Report on vaccination in the Province of Bengal - 1874-1889
Year: 1874
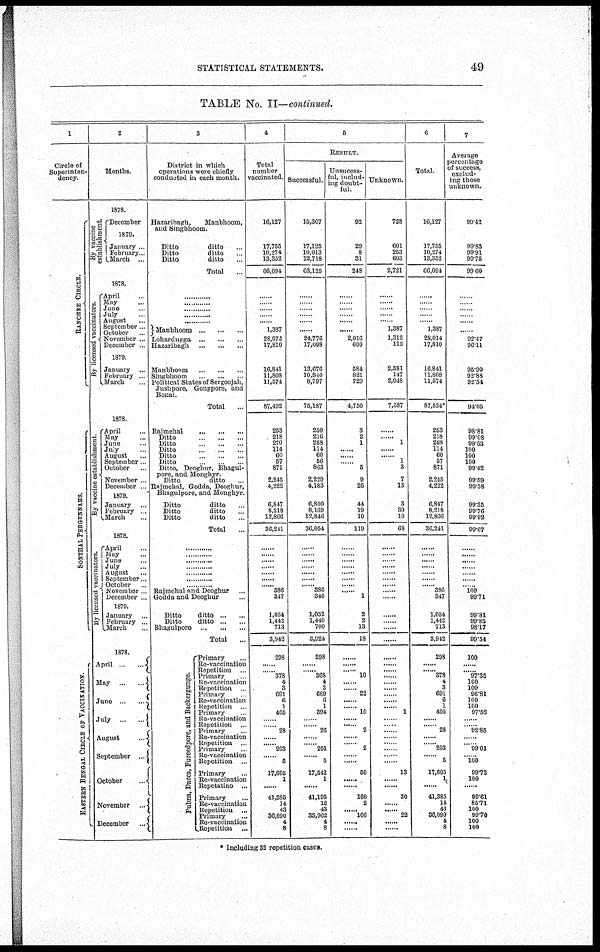
STATISTICAL STATEMENTS.
49
TABLE No. II—continued.
1
Circle of
Superinten-
dency.
RANCHE E CI RCLE.
S ONT HAL P E RGUNNAHS .
EASTERN BENGAL CIRCLE OF VACCINATION.
2
Months.
1878.
By vaccine
establishment.
December
1879.
January ...
February...
March ...
1878.
By licensed vaccinators.
April ...
May ...
June ...
July ...
August ...
September...
October ...
November ...
December ...
1879.
January ...
February ...
March ...
1878.
By vaccine establishment.
April ...
May ...
June ...
July ...
August ...
September ...
October ...
November ...
December ...
1879.
January ...
February ...
March ...
1878..
By l
i
cens ed vaccinators.
April ...
May ...
June ...
July ...
August ...
September...
October ...
November ...
December ...
1879.
January ...
February ...
March ...
1878.
April
...
...
May
...
...
June
...
...
July ... ...
August
...
September ...
October
...
November ...
December
...
3
District in which
operations were chiefly
conducted in each month.
Hazaribagh,
Manbhoom,
and Singbhoom.
Ditto
ditto ...
Ditto
ditto ...
Ditto
ditto ...
Total
...
............
............
............ ............ ............
Manbhoom
...
...
...
Lohardurga
...
...
...
Hazaribagh
...
...
...
Manbhoom
...
...
...
Singbhoom
...
...
...
Political States of Sergoojah,
Jushpore, Gongpore, and
Bonal.
Total ...
Rajmehal ... ... ...
Ditto
...
...
...
Ditto
...
...
...
Ditto
...
...
...
Ditto
...
...
...
Ditto
...
...
...
Ditto, Deoghur, Bhagul¬
pore, and Monghyr.
Ditto
ditto ...
Rajmahal, Godda, Deoghur,
Bhagulpore, and Monghyr.
Ditto
ditto ...
Ditto
ditto ...
Ditto
ditto ...
Total
............
............
............
............
............
............
............
Rajmehal and Deoghur ...
Godda and Deoghur ...
Ditto
ditto ... ...
Ditto
ditto ... ...
Bhagulpore
...
...
...
Total ...
Pubna, Dacca, Fureedpore, and Backergunge.
Primary ...
Re-vaccination
Repetition ...
Primary ...
Re-vaccination
Repetition ...
Primary ...
Re-vaccination
Repetition ...
Primary ...
Re-vaccination
Repetition ...
Primary ...
Re-vaccination
Repetition ...
Primary ...
Re-vaccination
Repetition ...
Primary ...
Re-vaccination
Repetation ...
Primary ...
Re-vaccination
Repetition ...
Primary ...
Re-vaccination
Repetition ...
4
Total
number
vaccinated.
16,127
17,765
10,274
13,352
66,094
......
......
...... ......
......
1,387
28,072
17,810
16,841
11,808
11,574
87,492
253
218
270
114
60
57
871
2,245
4,222
6,847
8,218
12,866
36,241
......
......
......
......
......
......
......
386
347
1,054
1,442
713
3,942
298
......
......
378
4
3
691
6
1
405
......
......
28
......
......
203
......
5
17,605
1
......
41,385
14
43
36,090
4
8
6
RESULT.
Successful.
15,307
17,125
10,013
12,718
63,125
......
......
...... ......
......
......
24,776
17,098
13,676
10,840
8,797
75,187
250
216
268
114
60
56
863
2,229
4,183
6,800
8,169
12,846
36,054
......
......
......
......
......
......
......
386
346
1,052
1,440
700
3,924
298
......
......
368
4
3
669
6
1
394
......
......
26
.........
......
201
......
5
17,542
1
......
41,195
12
43
35,962
4
8
Unsucess¬
ful, includ-
ing doubt-
ful.
92
29
8
31
248
......
......
...... ......
......
......
2,016
600
584
821
729
4,750
3
2
1
......
......
......
5
9
26
44
19
10
119
......
......
......
......
......
......
......
......
1
2
2
13
18
......
......
......
10
......
......
22
......
......
10
......
......
2
......
......
2
......
......
50
......
......
160
2
......
106
......
......
Unknown.
728
601
253
603
2,721
......
......
...... ......
......
1,387
1,312
112
2,581
147
2,048
7,587
......
......
1
......
......
1
3
7
13
3
30
10
68
......
......
......
......
......
......
......
......
......
......
......
......
......
......
......
......
......
......
......
......
......
......
1
......
......
......
......
......
......
......
......
13
......
......
30
......
......
22
......
......
6
Total.
16,127
17,755
10,274
13,352
66,094
......
......
...... ......
......
1,387
28,014
17,810
16.841
11,808
11,574
87,524*
253
218
268
114
60
57
871
2.245
4,222
6,847
8,218
12,866
36,241
......
......
......
......
......
......
......
386
347
1,054
1,442
713
3,942
298
......
......
378
4
3
691
6
1
405
......
......
28
......
......
203
......
5
17,605
1
......
41,385
14
43
36,090
4
8
7
Average
percentage
of success,
exclud-
ing those
unknown.
99.42
99.83
99.91
99.75
99.60
......
......
...... ......
......
......
92.47
96.11
95.90
92.88
92.34
94.05
98.81
99.08
99.53
100
100
100
99.42
99.59
99.38
99.35
99.76
99.92
99.67
......
......
......
......
......
......
......
100
99.71
99.81
99.85
98.17
99.54
100
......
......
97.35
100
100
96.81
100
100
97.52
......
......
92.85
......
......
99.01
......
100
99.73
100
......
99.61
85.71
100
99.70
100
100
* Including 32 repetition cases.